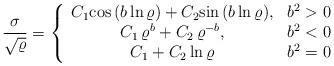
LaTeX: \begin{align*}\frac{\sigma}{\sqrt{\varrho}} =\left\{\begin{array}{ccc}C_1 {\rm cos}\, (b\,{\rm ln}\,\varrho) + C_2 {\rm sin}\,(b\,{\rm ln}\,\varrho),& b^2 > 0 \\C_1\, \varrho^b + C_2\, \varrho^{-b}, & b^2 < 0 \\C_1 + C_2\, {\rm ln}\,\varrho & b^2 = 0\end{array}\right.\end{align*}